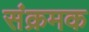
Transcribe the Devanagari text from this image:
संक्रमक